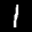
Label: 1